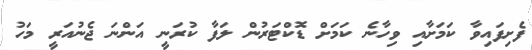
ފެށިފައިވާ ކަމަށާއި ވިހާނެ ކަމަށް ޑޮކްޓަރުން ލަފާ ކުރަނީ އަންނަ ޖެނުއަރީ މަހު